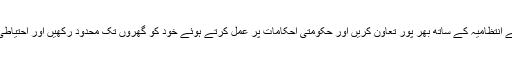
انہوں نے ایک دفعہ پھر شہریوں سے اپیل کی وہ اس مشکل صورتحال میں ذمہ داری کا مظاہرہ کرتے ہوئے انتظامیہ کے ساتھ بھر پور تعاون کریں اور حکومتی احکامات پر عمل کرتے ہوئے خود کو گھروں تک محدود رکھیں اور احتیاطی تدابیر پر سختی سے عمل کریں انشاءاللہ ہم سب مل کر اس وبا کو شکست دینے میں کامیاب ہو جائیں گے۔